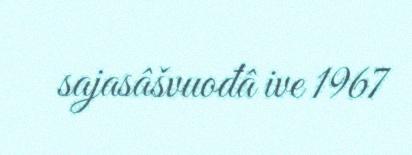
sajasâšvuođâ ive 1967